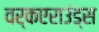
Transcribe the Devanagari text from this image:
वर्कएराउंड्स